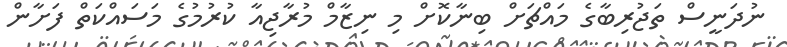
ނުދަނީސް ތަޖުރިބާގެ މައްޗަށް ބިނާކޮށް މި ނިޒާމް މުރާޖިއާ ކުރުމުގެ މަސައްކަތް ފަށާން